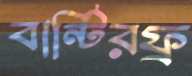
বান্টিরফ্র